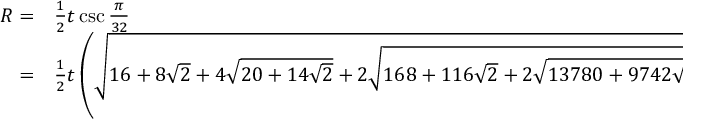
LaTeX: \begin{array} { r l } { R = } & { { } { \frac { 1 } { 2 } } t \csc { \frac { \pi } { 3 2 } } } \\ { = } & { { } { \frac { 1 } { 2 } } t \left( { \sqrt { 1 6 + 8 { \sqrt { 2 } } + 4 { \sqrt { 2 0 + 1 4 { \sqrt { 2 } } } } + 2 { \sqrt { 1 6 8 + 1 1 6 { \sqrt { 2 } } + 2 { \sqrt { 1 3 7 8 0 + 9 7 4 2 { \sqrt { 2 } } } } } } } } \right) } \end{array}